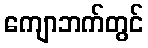
ကျောဘက်တွင်